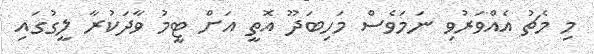
މި މެޗު އެއްވަރުވި ނަމަވެސް މަހިބަދޫ އޮތީ އަށް ޓީމު ވާދަކުރާ ލީގުގައި